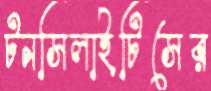
টনসিলাইটিসের